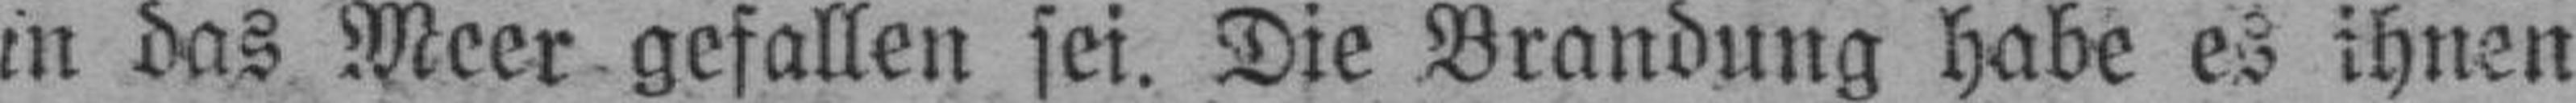
in das Meer gefallen sei. Die Brandung habe es ihnen